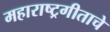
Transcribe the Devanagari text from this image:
महाराष्ट्रगीताचे